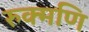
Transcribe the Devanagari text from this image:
रुक्मणि